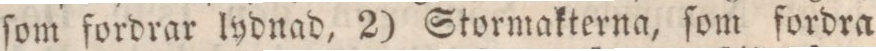
ſom fordrar lydnad, 2) Stormakterna, ſom fordra